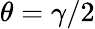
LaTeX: \theta=\gamma/2